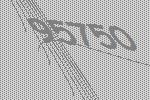
95750